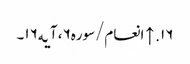
۱۶. ↑ انعام/سوره۶، آیه۱۶۔